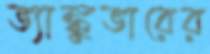
ভ্যাঙ্কুভারের